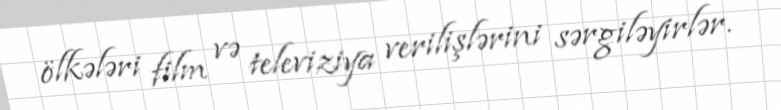
ölkələri film və televiziya verilişlərini sərgiləyirlər.